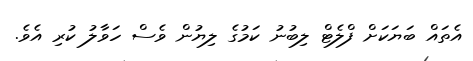
އެތައް ބަޔަކަށް ފްލެޓް ލިބުނު ކަމުގެ ލިޔުން ވެސް ހަވާލު ކުރި އެވެ.